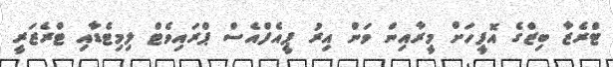
ޓްރެޒާ ބިޒްގެ އޮފީހަށް މީރާއިން ވަން އިރު ޕީއެފްއެސް ޕްރައިވެޓް ލިމިޓެޑާއި ޓްރެޒަރީ